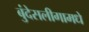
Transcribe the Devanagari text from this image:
बुंदेसलीगामधे